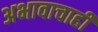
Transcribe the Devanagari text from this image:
अभावाचाही